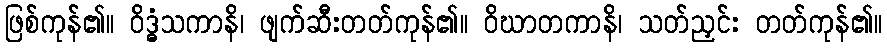
ဖြစ်ကုန်၏။ ဝိဒ္ဓံသကာနိ၊ ဖျက်ဆီးတတ်ကုန်၏။ ဝိဃာတကာနိ၊ သတ်ညှင်း တတ်ကုန်၏။